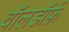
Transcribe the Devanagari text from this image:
वॉलडॉर्फ़